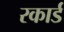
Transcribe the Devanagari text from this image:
रकार्ड